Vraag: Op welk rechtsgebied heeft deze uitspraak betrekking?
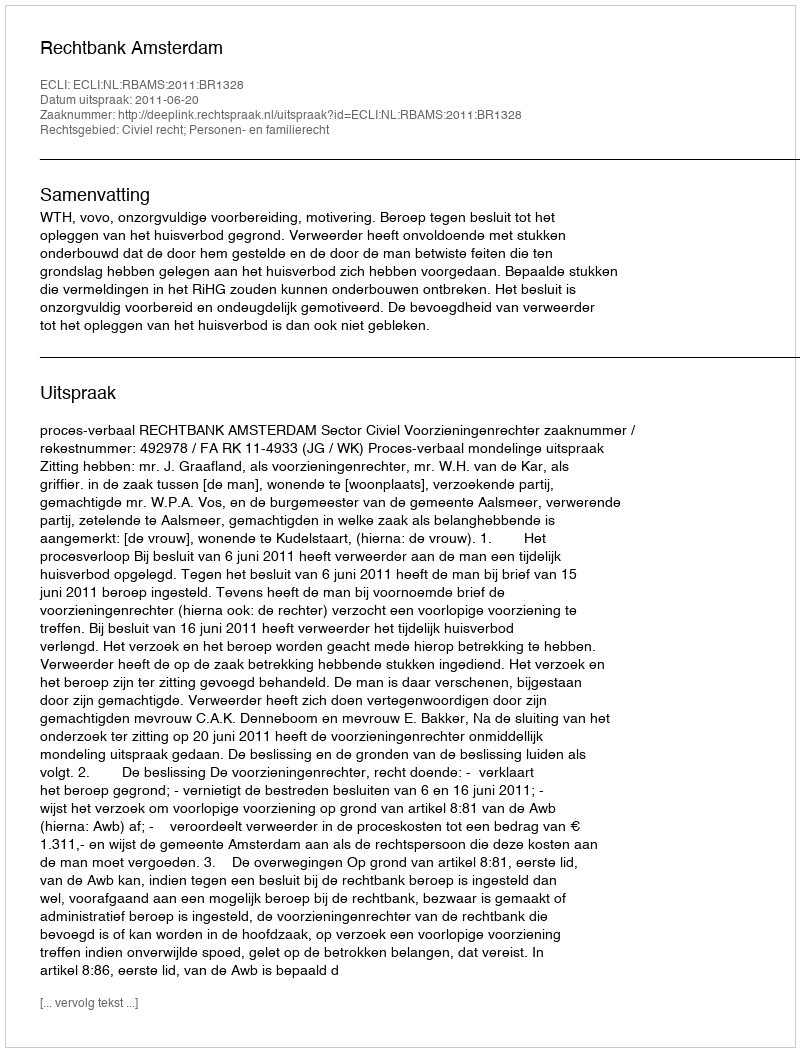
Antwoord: Civiel recht; Personen- en familierecht